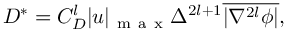
D ^ { * } = { C } _ { D } ^ { l } | u | _ { \mathrm { ~ m ~ a ~ x ~ } } \Delta ^ { 2 l + 1 } \overline { { | \nabla ^ { 2 l } \phi | } } ,